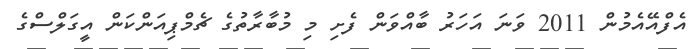
އެފްއޭއެމުން 2011 ވަނަ އަހަރު ބާއްވަން ފެށި މި މުބާރާތުގެ ޗެމްޕިއަންކަން އީގަލްސްގެ